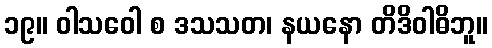
၁၉။ ဝါသဝေါ စ ဒသသတ၊ နယနော တိဒိဝါဓိဘူ။